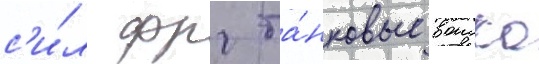
с'и́л фрг та́нковые воиска